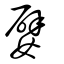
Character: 嬖